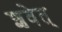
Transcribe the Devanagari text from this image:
शवेत्